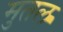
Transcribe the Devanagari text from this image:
मुतल